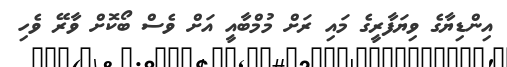
އިންޑިޔާގެ ވިޔަފާރީގެ މައި ރަށް މުމްބާއީ އަށް ވެސް ބޯކޮށް ވާރޭ ވެހި